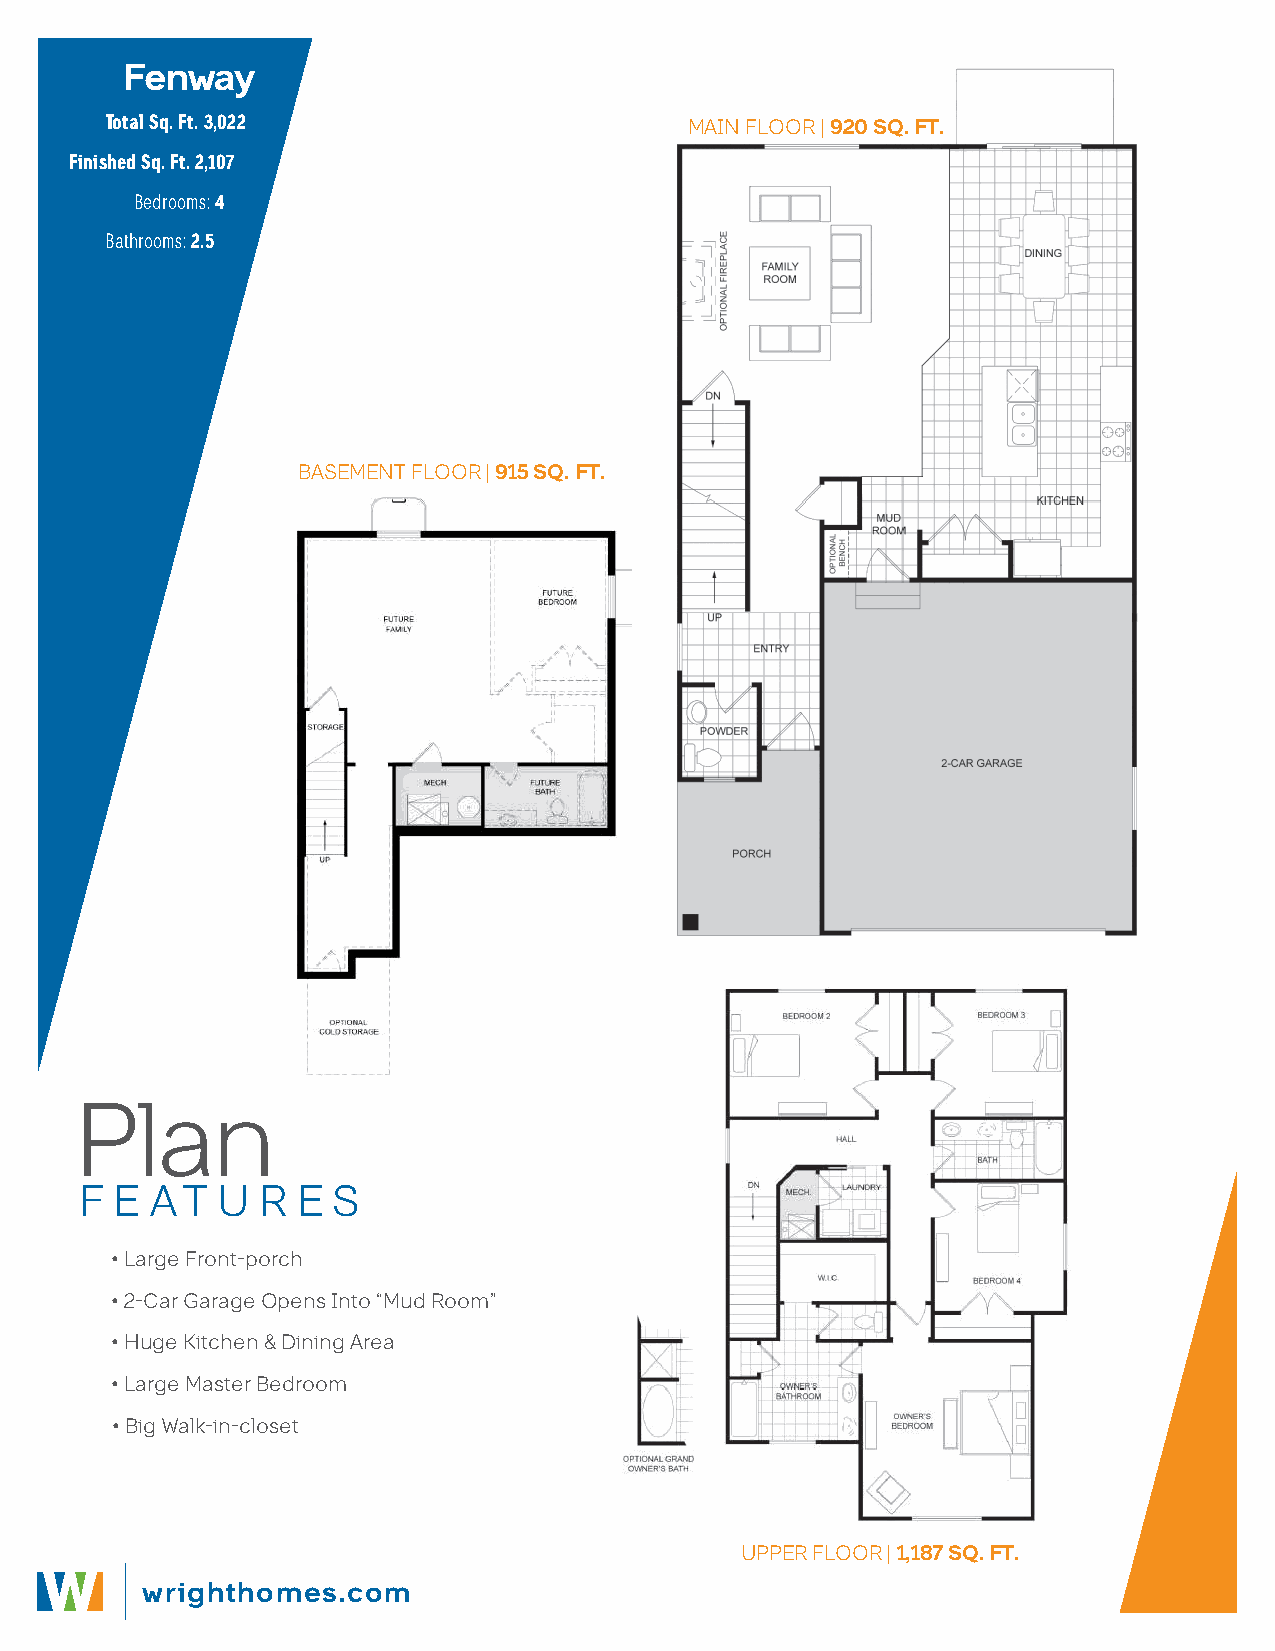
Fenway
 Total Sq. Ft. 3,022                    MAIN FLOOR | 920 SQ. FT.
 Finished Sq. Ft. 2,107
 Bedrooms: 4
 Bathrooms: 2.5
 BASEMENT FLOOR | 915 SQ. FT.
 Plan
 F  E AT  U  R  E S
 • Large Front-porch
 • 2-Car Garage Opens Into “Mud Room”
 • Huge Kitchen & Dining Area
 • Large Master Bedroom
 • Big Walk-in-closet
 UPPER FLOOR | 1,187 SQ. FT.
 wrighthomes.com